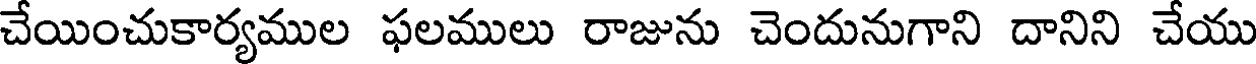
చేయించుకార్యముల ఫలములు రాజును చెందునుగాని దానిని చేయు